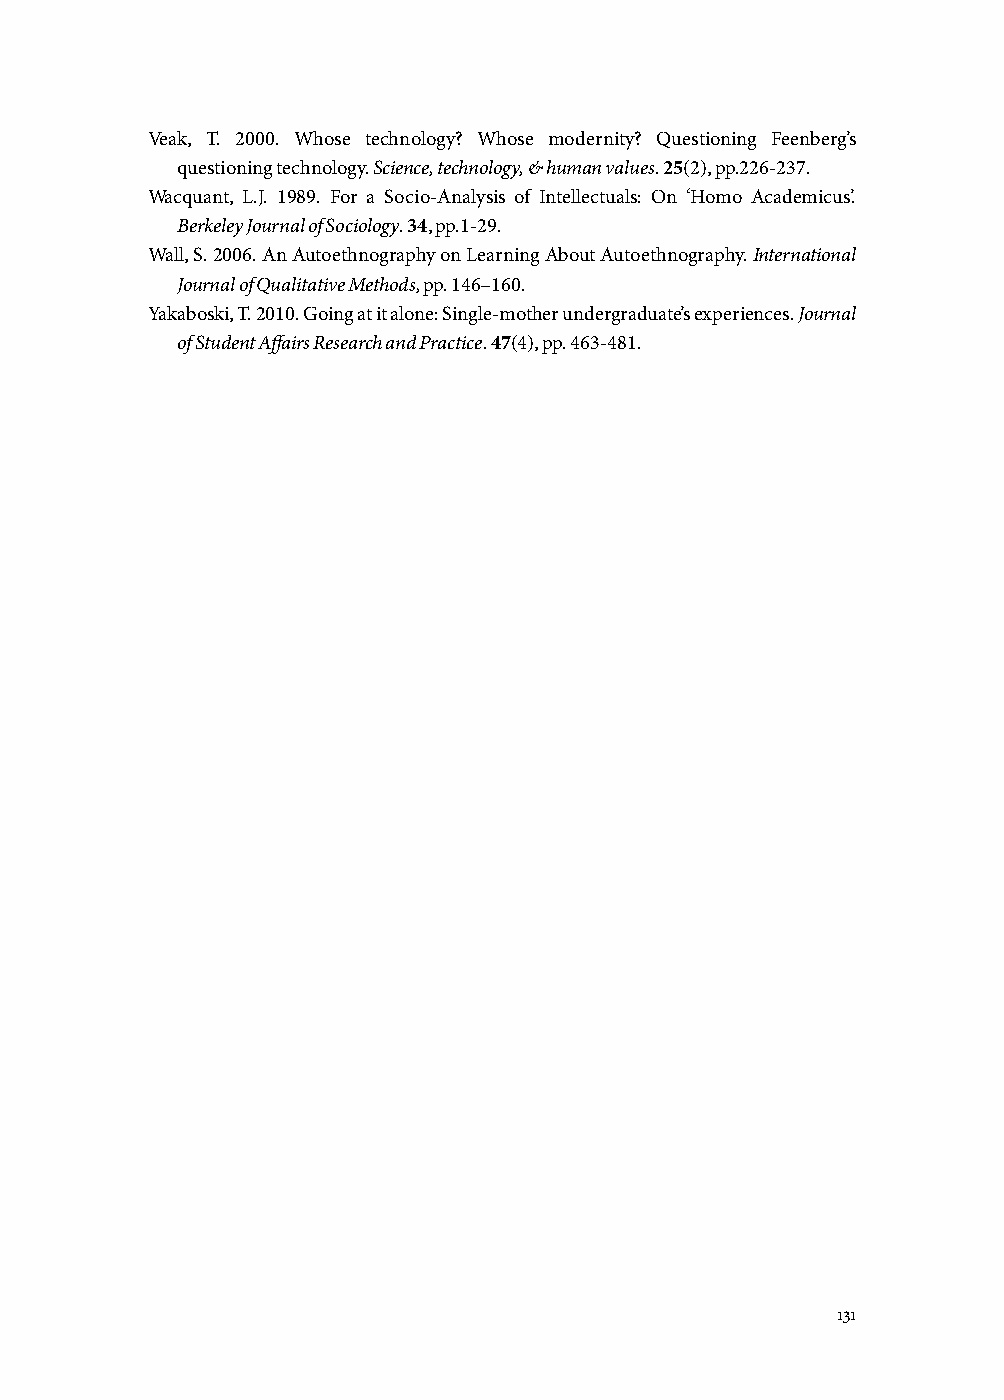
Veak, T. 2000. Whose technology? Whose modernity? Questioning Feenberg’s
 questioning technology. Science, technology, & human values. 25(2), pp.226-237.
 Wacquant, L.J. 1989. For a Socio-Analysis of Intellectuals: On ‘Homo Academicus’.
 Berkeley Journal of Sociology. 34, pp.1-29.
 Wall, S. 2006. An Autoethnography on Learning About Autoethnography. International
 Journal of Qualitative Methods, pp. 146–160.
 Yakaboski, T. 2010. Going at it alone: Single-mother undergraduate’s experiences. Journal
 of Student Affairs Research and Practice. 47(4), pp. 463-481.
 131